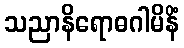
သညာနိရောဓဂါမိနိံ